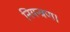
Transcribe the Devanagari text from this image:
नियन्त्रण।